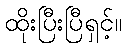
ထိုးပြီးပြီရှင့်။